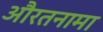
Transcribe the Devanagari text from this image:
औरतनामा